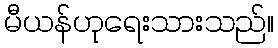
မီယန်ဟုရေးသားသည်။